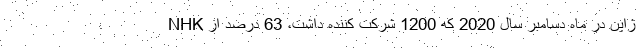
NHK ژاپن در ماه دسامبر سال 2020 که 1200 شرکت کننده داشت، 63 درصد از